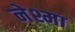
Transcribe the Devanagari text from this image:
नेश्मा